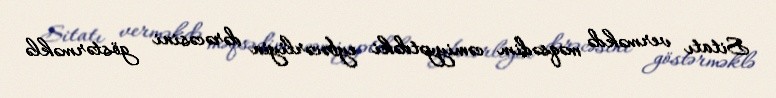
Sitatı verməkdə məqsədim cəmiyyətdəki eybəcərliyin dərəcəsini göstərməklə